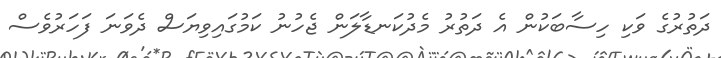
ދަތުރުގެ ވަކި ހިސާބަކުން އެ ދަތުރު މެދުކަނޑާލަން ޖެހުނު ކަމުގައިވިޔަސް ދެވަނަ ފަހަރުވެސް